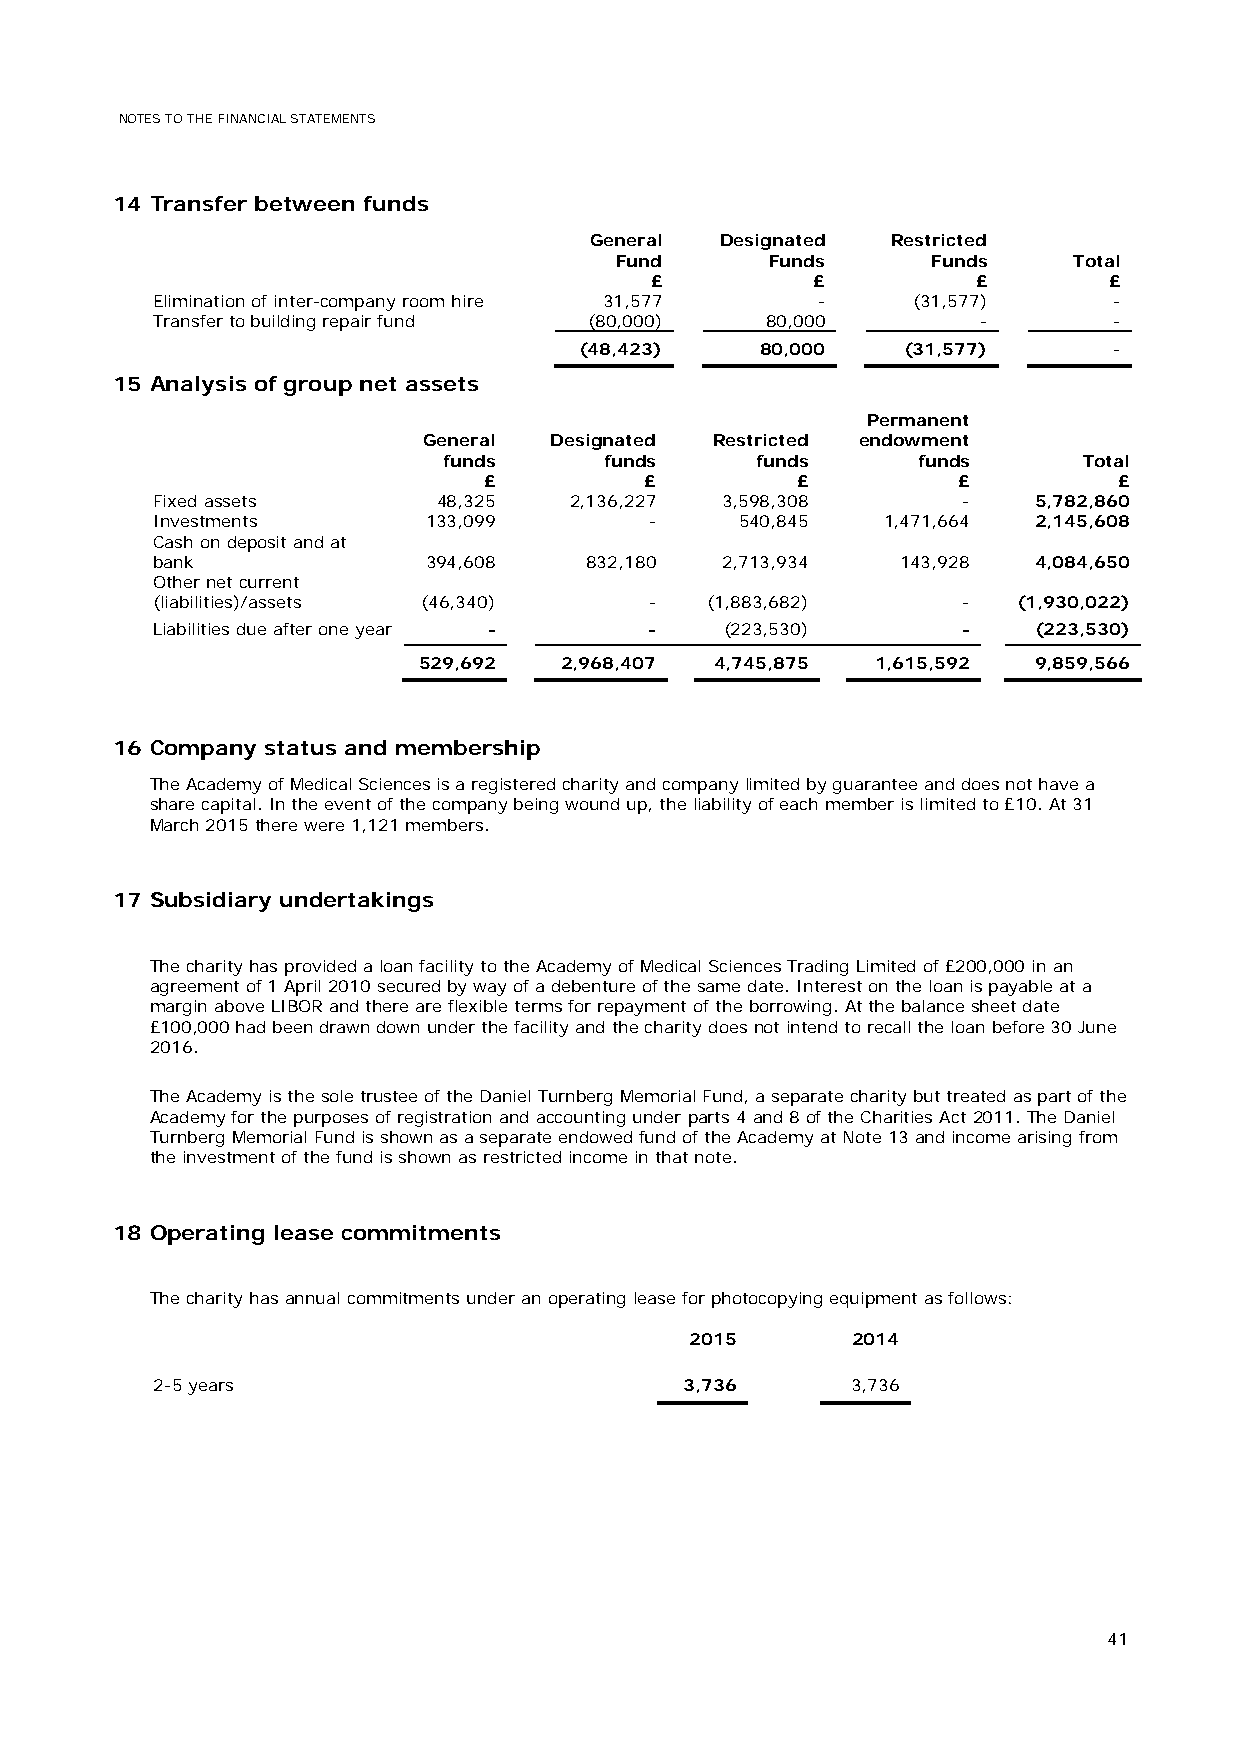
NOTES TO THE FINANCIAL STATEMENTS
 14 Transfer between funds
 General  Designated Restricted
 Fund      Funds      Funds    Total
 £          £          £       £
 Elimination of inter-company room hire 31,577 -   (31,577)      -
 Transfer to building repair fund (80,000) 80,000       -        -
 (48,423)    80,000    (31,577)      -
 15 Analysis of group net assets
 Permanent
 General Designated Restricted endowment
 funds      funds     funds      funds      Total
 £          £         £         £          £
 Fixed assets       48,325   2,136,227 3,598,308       -   5,782,860
 Investments       133,099        -     540,845  1,471,664 2,145,608
 Cash on deposit and at
 bank              394,608    832,180  2,713,934   143,928 4,084,650
 Other net current
 (liabilities)/assets (46,340)    -   (1,883,682)      -  (1,930,022)
 Liabilities due after one year - -    (223,530)       -   (223,530)
 529,692  2,968,407 4,745,875  1,615,592 9,859,566
 16 Company status and membership
 The Academy of Medical Sciences is a registered charity and company limited by guarantee and does not have a
 share capital. In the event of the company being wound up, the liability of each member is limited to £10. At 31
 March 2015 there were 1,121 members.
 17 Subsidiary undertakings
 The charity has provided a loan facility to the Academy of Medical Sciences Trading Limited of £200,000 in an
 agreement of 1 April 2010 secured by way of a debenture of the same date. Interest on the loan is payable at a
 margin above LIBOR and there are flexible terms for repayment of the borrowing. At the balance sheet date
 £100,000 had been drawn down under the facility and the charity does not intend to recall the loan before 30 June
 2016.
 The Academy is the sole trustee of the Daniel Turnberg Memorial Fund, a separate charity but treated as part of the
 Academy for the purposes of registration and accounting under parts 4 and 8 of the Charities Act 2011. The Daniel
 Turnberg Memorial Fund is shown as a separate endowed fund of the Academy at Note 13 and income arising from
 the investment of the fund is shown as restricted income in that note.
 18 Operating lease commitments
 The charity has annual commitments under an operating lease for photocopying equipment as follows:
 2015      2014
 2-5 years                          3,736      3,736
 41